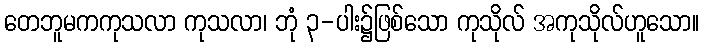
တေဘူမကကုသလာ ကုသလာ၊ ဘုံ ၃-ပါး၌ဖြစ်သော ကုသိုလ် အကုသိုလ်ဟူသော။